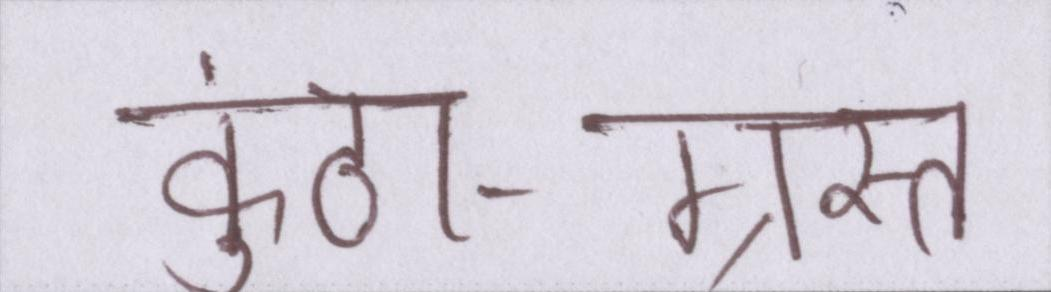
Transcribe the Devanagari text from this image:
कुंठा-ग्रस्त